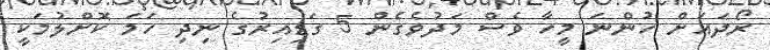
ރޯދައަށް ހުންނަ މީހާ ވެސް މަދުވެގެން 5 ގަޑިއިރުގެ ނިދި ހަމަ ކޮށްލުމަކީ